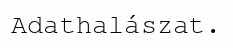
Adathalászat.